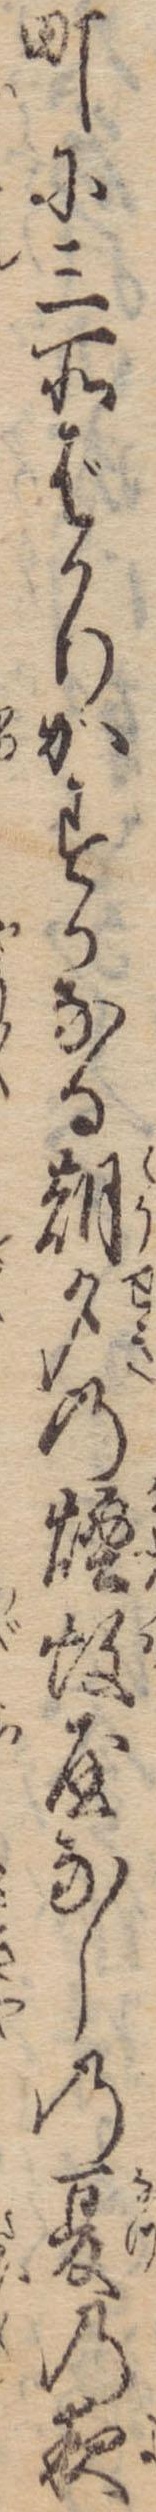
町に三所ばかりかすかなる朝夕の煙蚊屋なしの夏の夜